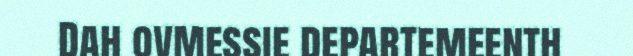
Dah ovmessie departemeenth